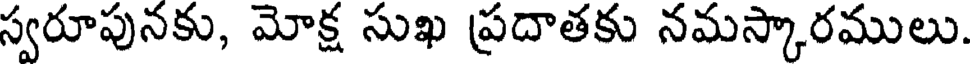
స్వరూపునకు, మోక్ష సుఖ ప్రదాతకు నమస్కారములు.